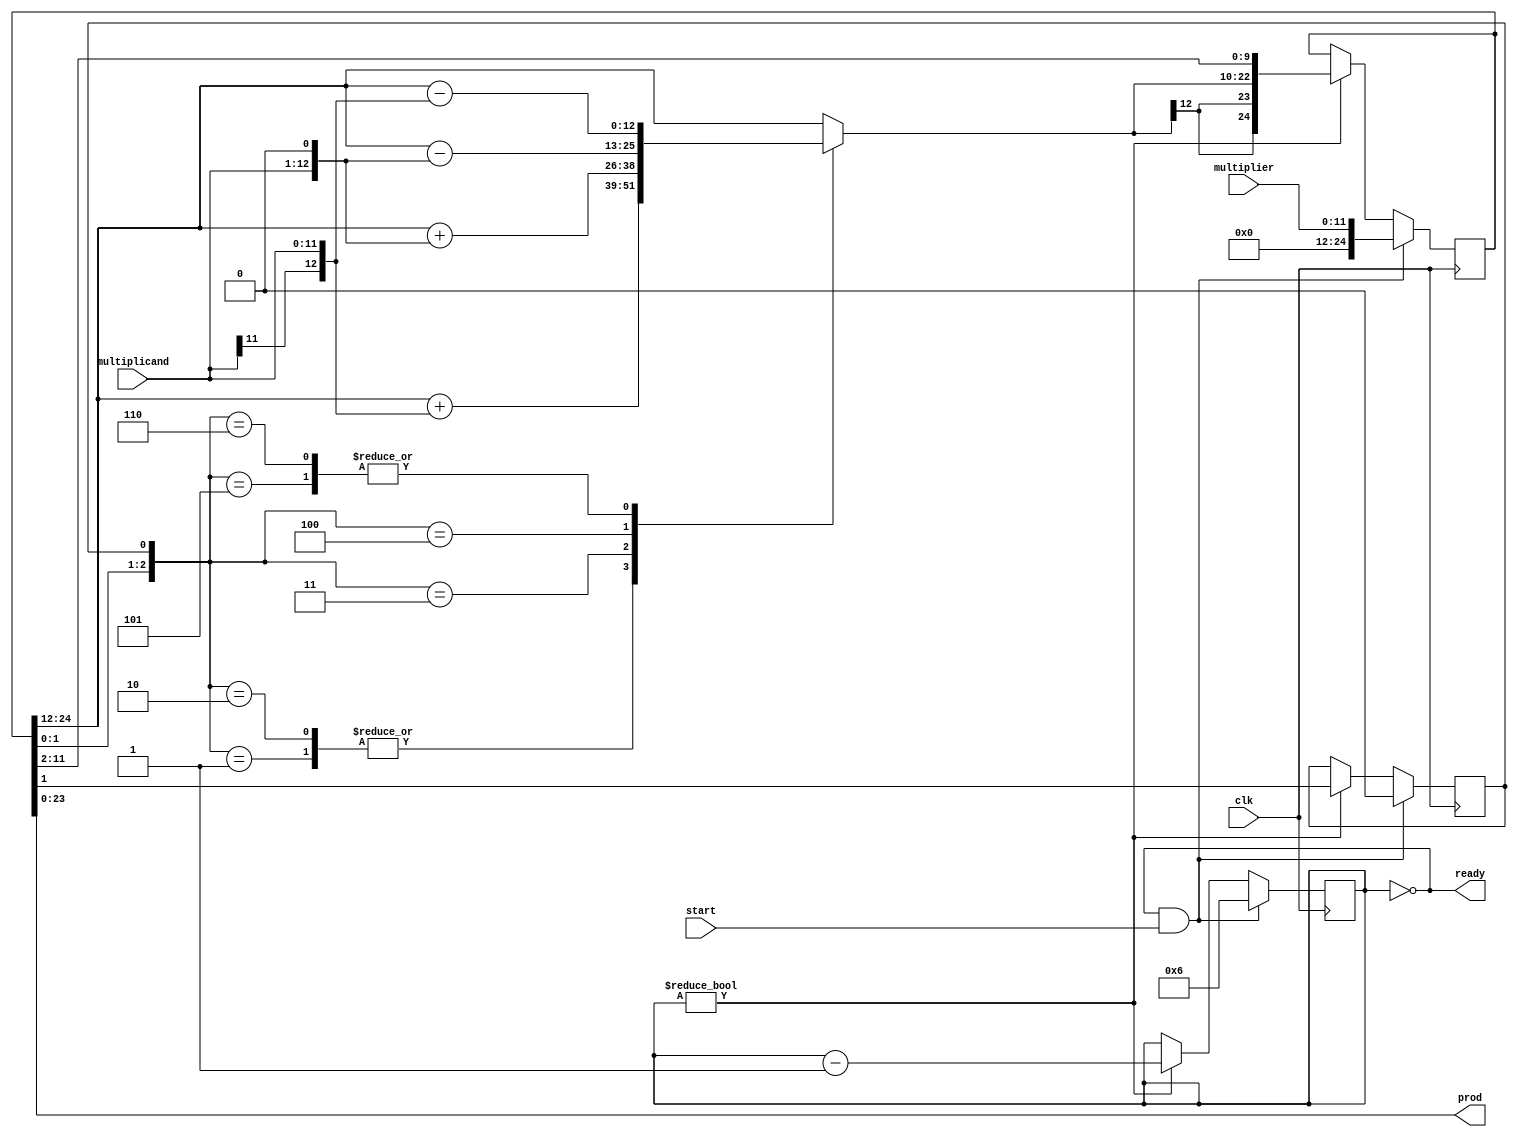
`timescale 1ns / 1ps
/////////////////////////////////////////////////////////////////////////////
// 12 x 12 bit booth radix-4 multiplier for signed integers
// Pulse start to start multiplying (hold start high for less than 6 cycles)
// When the multiplication is done (always after 6 cycles) 
// the ready output goes high
/////////////////////////////////////////////////////////////////////////////
module booth_mult(prod,ready,multiplicand,multiplier,start,clk);

	input [11:0]  multiplicand, multiplier;
    input         start, clk;
    output [23:0] prod;
    output        ready;

    reg [24:0]    product = 0;
    
    assign prod = product[23:0];

    reg [4:0]     bit_index = 0; 
    wire          ready = !bit_index;
    reg           lostbit = 0;
   

    wire [12:0]   multsx = {multiplicand[11],multiplicand}; // signal extended multiplicand

	always @( posedge clk )

		if( ready && start ) begin

        bit_index = 6; // iterate 6 groups of two bits
        product = { 13'b0, multiplier };
        lostbit = 0;
        
		end 
		else if( bit_index ) begin

			case ( {product[1:0],lostbit} )
				// 3'b000: do nothing
				3'b001: product[24:12] = product[24:12] + multsx; // +M
				3'b010: product[24:12] = product[24:12] + multsx; // +M
				3'b011: product[24:12] = product[24:12] + (multiplicand << 1); // +2M
				3'b100: product[24:12] = product[24:12] - (multiplicand << 1); // -2M
				3'b101: product[24:12] = product[24:12] - multsx; // -M
				3'b110: product[24:12] = product[24:12] - multsx; // -M
				// 3'b111: do nothing
			endcase

			  lostbit = product[1];
			  product = { product[24], product[24], product[24:2] };
			  bit_index = bit_index - 1;

     end

endmodule